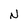
Character: N